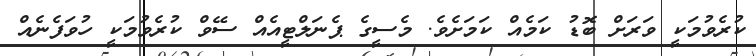
ކުރެވުމަކީ ވަރަށް ބޮޑު ކަމެއް ކަމަށެވެ. މެސީގެ ޕެނަލްޓީއެއް ސޭވް ކުރެވުމަކީ ހުވަފެނެއް